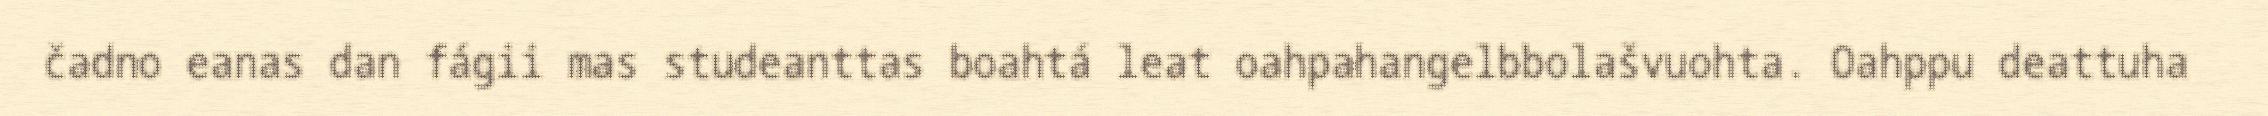
čadno eanas dan fágii mas studeanttas boahtá leat oahpahangelbbolašvuohta. Oahppu deattuha